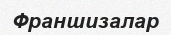
Франшизалар